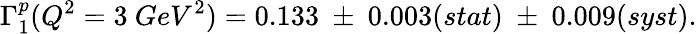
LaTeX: \Gamma_{1}^{p}(Q^{2}=3~GeV^{2})=0.133~\pm~0.003(stat)~\pm~0.009(syst).